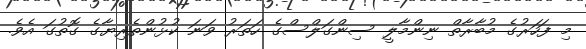
މި ފަހަރުގެ މުބާރާތް ނިންމާލީ ސިންގަލްސްގެ ހަތަރު ވަނަ ކުޅުންތެރިޔާގެ ގޮތުގަ އެވެ.